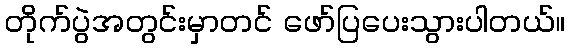
တိုက်ပွဲအတွင်းမှာတင် ဖော်ပြပေးသွားပါတယ်။